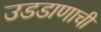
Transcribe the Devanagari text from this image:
उडडाणाची